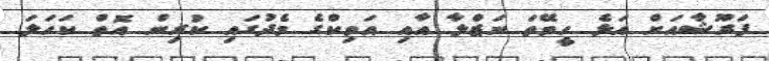
ފަރޫޝާއަށް އަޅެ ހީވޭތަ ނަޒްލާ އާއި އަވިކްގެ މެދުގައި ކުރިން އޮތް ކަހަލަ